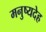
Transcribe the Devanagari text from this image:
मनुष्यदेह